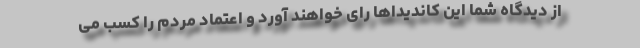
از دیدگاه شما این کاندیداها رای خواهند آورد و اعتماد مردم را کسب می